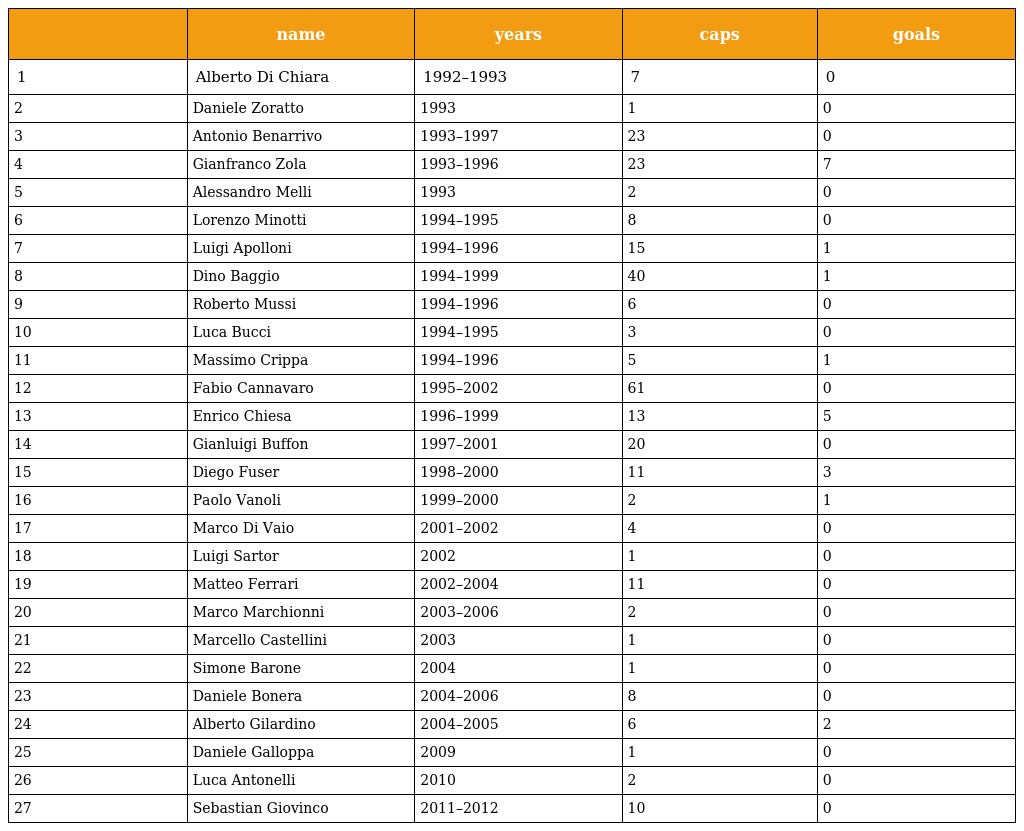
|  | name | years | caps | goals |
 | --- | --- | --- | --- | --- |
 | 1 | Alberto Di Chiara | 1992–1993 | 7 | 0 |
 | 2 | Daniele Zoratto | 1993 | 1 | 0 |
 | 3 | Antonio Benarrivo | 1993–1997 | 23 | 0 |
 | 4 | Gianfranco Zola | 1993–1996 | 23 | 7 |
 | 5 | Alessandro Melli | 1993 | 2 | 0 |
 | 6 | Lorenzo Minotti | 1994–1995 | 8 | 0 |
 | 7 | Luigi Apolloni | 1994–1996 | 15 | 1 |
 | 8 | Dino Baggio | 1994–1999 | 40 | 1 |
 | 9 | Roberto Mussi | 1994–1996 | 6 | 0 |
 | 10 | Luca Bucci | 1994–1995 | 3 | 0 |
 | 11 | Massimo Crippa | 1994–1996 | 5 | 1 |
 | 12 | Fabio Cannavaro | 1995–2002 | 61 | 0 |
 | 13 | Enrico Chiesa | 1996–1999 | 13 | 5 |
 | 14 | Gianluigi Buffon | 1997–2001 | 20 | 0 |
 | 15 | Diego Fuser | 1998–2000 | 11 | 3 |
 | 16 | Paolo Vanoli | 1999–2000 | 2 | 1 |
 | 17 | Marco Di Vaio | 2001–2002 | 4 | 0 |
 | 18 | Luigi Sartor | 2002 | 1 | 0 |
 | 19 | Matteo Ferrari | 2002–2004 | 11 | 0 |
 | 20 | Marco Marchionni | 2003–2006 | 2 | 0 |
 | 21 | Marcello Castellini | 2003 | 1 | 0 |
 | 22 | Simone Barone | 2004 | 1 | 0 |
 | 23 | Daniele Bonera | 2004–2006 | 8 | 0 |
 | 24 | Alberto Gilardino | 2004–2005 | 6 | 2 |
 | 25 | Daniele Galloppa | 2009 | 1 | 0 |
 | 26 | Luca Antonelli | 2010 | 2 | 0 |
 | 27 | Sebastian Giovinco | 2011–2012 | 10 | 0 |